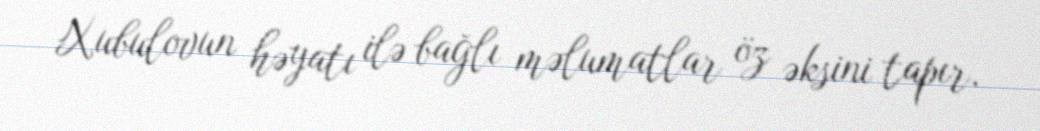
Xubulovun həyatı ilə bağlı məlumatlar öz əksini tapır.